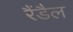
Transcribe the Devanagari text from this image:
रैंडैल